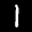
Label: 1